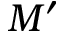
M ^ { \prime }